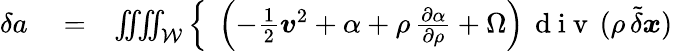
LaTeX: \begin{array}{rlr}{\delta a}&{{}=}&{\iiiint_{\mathcal W}\left\{ \ \left(-\frac{1}{2}{\boldsymbol v}^{2}+\alpha+\rho\, \frac{\partial\alpha}{\partial\rho}+\Omega\right)\, \mathrm{~d~i~v~}\, (\rho\, \tilde{\delta}\boldsymbol{x})\right.}\end{array}